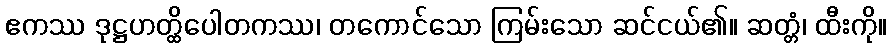
ဧကဿ ဒုဋ္ဌဟတ္ထိပေါတကဿ၊ တကောင်သော ကြမ်းသော ဆင်ငယ်၏။ ဆတ္တံ၊ ထီးကို။